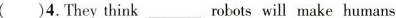
()4.They think ___robots will make humans